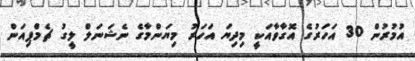
އުމުރުން 30 އަހަރުގެ އޮގާވާއަކީ މިދިޔަ އަހަރު މިޔަންމާގެ ނެޝަނަލް ލީގު ޗެމްޕިއަން